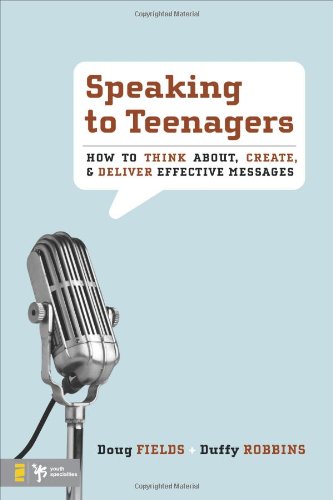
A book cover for Speaking to Teenagers: How to Think About, Create, and Deliver Effective Messages; Doug Fields; Christian Books & Bibles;